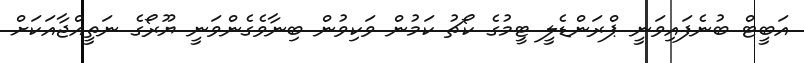
އަބީޓް ބުނެފައިވަނީ ޕްރަންޑެލީ ޓީމުގެ ކޯޗު ކަމުން ވަކިވުން ބިނާވެގެންވަނީ ޔޫރޯގެ ނަތީއްޖާއަކަށް